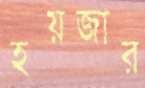
হয়জার